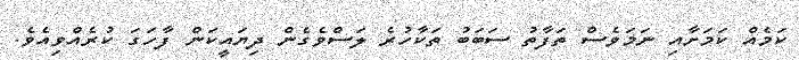
ކަމެއް ކަމަށާއި ނަމަވެސް ތަފާތު ސަބަބު ތަކާހުރެ ލަސްވެގެން ދިޔައީކަން ފާހަގަ ކުރެއްވިއެވެ.